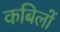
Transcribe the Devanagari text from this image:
कबिलों